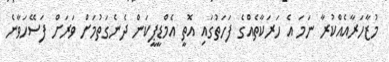
މުޒާހަރާއެއްކުރާ ނަމަ އެ ހަރަކާތެއްގެ ފަހަތުގައި އޮތީ އެމްޑީޕީކަން ދެނެގަތުމަށް ވަރަށް ފަސޭހަވާނެ